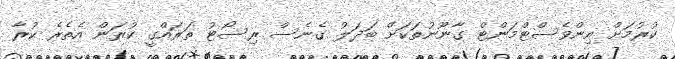
ކުރުމަށް އިންވެސްޓްމަންޓް ގާނޫނުތަކަށް ބަދަލު ގެނެސް ރިސޯޓު ތަރައްގީ ކުރަން އެތެރެ ކުރާ